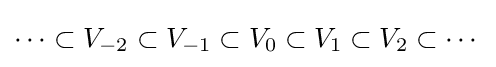
\cdots \subset V_{-2}\subset V_{-1}\subset V_{0}\subset V_{1}\subset V_{2}\subset \cdots